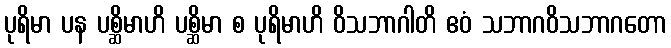
ပုရိမာ ပန ပစ္ဆိမာဟိ ပစ္ဆိမာ စ ပုရိမာဟိ ဝိသဘာဂါတိ ဧဝံ သဘာဂဝိသဘာဂတော